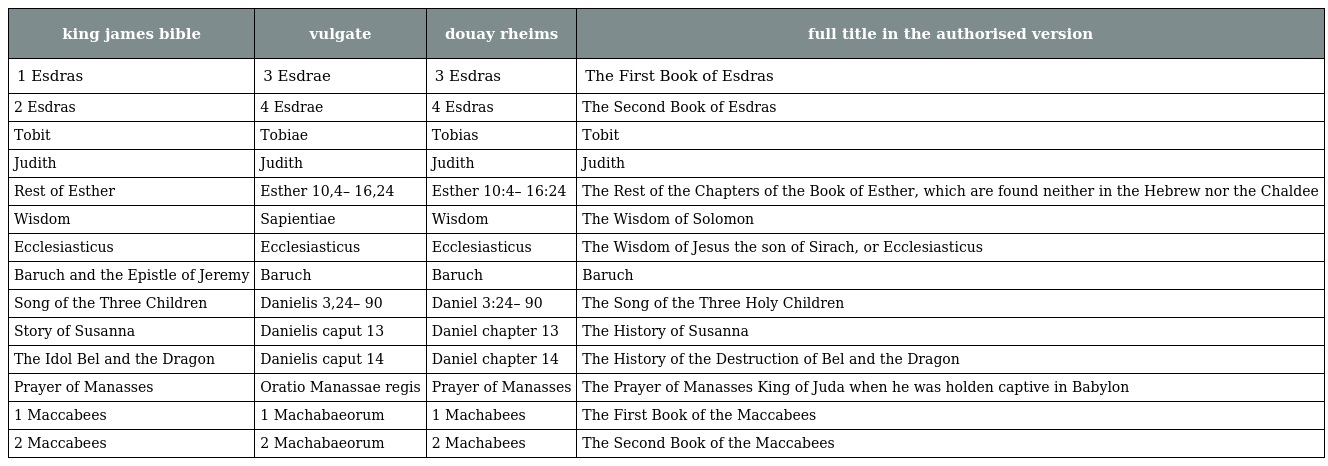
| king james bible | vulgate | douay rheims | full title in the authorised version |
 | --- | --- | --- | --- |
 | 1 Esdras | 3 Esdrae | 3 Esdras | The First Book of Esdras |
 | 2 Esdras | 4 Esdrae | 4 Esdras | The Second Book of Esdras |
 | Tobit | Tobiae | Tobias | Tobit |
 | Judith | Judith | Judith | Judith |
 | Rest of Esther | Esther 10,4– 16,24 | Esther 10:4– 16:24 | The Rest of the Chapters of the Book of Esther, which are found neither in the Hebrew nor the Chaldee |
 | Wisdom | Sapientiae | Wisdom | The Wisdom of Solomon |
 | Ecclesiasticus | Ecclesiasticus | Ecclesiasticus | The Wisdom of Jesus the son of Sirach, or Ecclesiasticus |
 | Baruch and the Epistle of Jeremy | Baruch | Baruch | Baruch |
 | Song of the Three Children | Danielis 3,24– 90 | Daniel 3:24– 90 | The Song of the Three Holy Children |
 | Story of Susanna | Danielis caput 13 | Daniel chapter 13 | The History of Susanna |
 | The Idol Bel and the Dragon | Danielis caput 14 | Daniel chapter 14 | The History of the Destruction of Bel and the Dragon |
 | Prayer of Manasses | Oratio Manassae regis | Prayer of Manasses | The Prayer of Manasses King of Juda when he was holden captive in Babylon |
 | 1 Maccabees | 1 Machabaeorum | 1 Machabees | The First Book of the Maccabees |
 | 2 Maccabees | 2 Machabaeorum | 2 Machabees | The Second Book of the Maccabees |